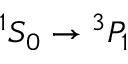
{ } ^ { 1 } S _ { 0 } \rightarrow { } ^ { 3 } P _ { 1 }